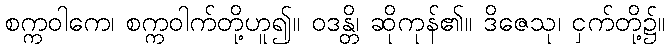
စက္ကဝါကေ၊ စက္ကဝါက်တို့ဟူ၍။ ဝဒန္တိ၊ ဆိုကုန်၏။ ဒိဇေသု၊ ငှက်တို့၌။